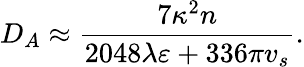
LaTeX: D_{A}\approx\frac{7\kappa^{2}n}{2048\lambda\varepsilon+336\pi v_{s}}.